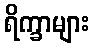
ရိက္ခာများ